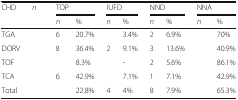
<table><thead><tr><td rowspan="2"><b>CHD</b></td><td rowspan="2"><b><i>n</i></b></td><td colspan="2"><b>TOP</b></td><td colspan="2"><b>IUFD</b></td><td colspan="2"><b>NND</b></td><td colspan="2"><b>NNA</b></td></tr><tr><td><b><i>n</i></b></td><td><b>%</b></td><td><b><i>n</i></b></td><td><b>%</b></td><td><b><i>n</i></b></td><td><b>%</b></td><td><b><i>n</i></b></td><td><b>%</b></td></tr></thead><tbody><tr><td>TGA</td><td>[EMPTY_CELL]</td><td>6</td><td>20.7%</td><td>[EMPTY_CELL]</td><td>3.4%</td><td>2</td><td>6.9%</td><td>[EMPTY_CELL]</td><td>70%</td></tr><tr><td>DORV</td><td>[EMPTY_CELL]</td><td>8</td><td>36.4%</td><td>2</td><td>9.1%</td><td>3</td><td>13.6%</td><td>[EMPTY_CELL]</td><td>40.9%</td></tr><tr><td>TOF</td><td>[EMPTY_CELL]</td><td>[EMPTY_CELL]</td><td>8.3%</td><td>[EMPTY_CELL]</td><td>-</td><td>2</td><td>5.6%</td><td>[EMPTY_CELL]</td><td>86.1%</td></tr><tr><td>TCA</td><td>[EMPTY_CELL]</td><td>6</td><td>42.9%</td><td>[EMPTY_CELL]</td><td>7.1%</td><td>1</td><td>7.1%</td><td>[EMPTY_CELL]</td><td>42.9%</td></tr><tr><td>Total</td><td>[EMPTY_CELL]</td><td>[EMPTY_CELL]</td><td>22.8%</td><td>4</td><td>4%</td><td>8</td><td>7.9%</td><td>[EMPTY_CELL]</td><td>65.3%</td></tr></tbody></table>